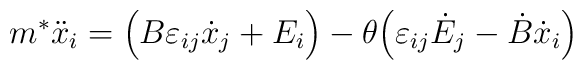
m^*\ddot{x}_i=\Big(B\varepsilon_{ij}\dot{x}_j+E_i\Big)-\theta\Big(\varepsilon_{ij}\dot{E}_{j}-\dot{B}\dot{x}_{i}\Big)